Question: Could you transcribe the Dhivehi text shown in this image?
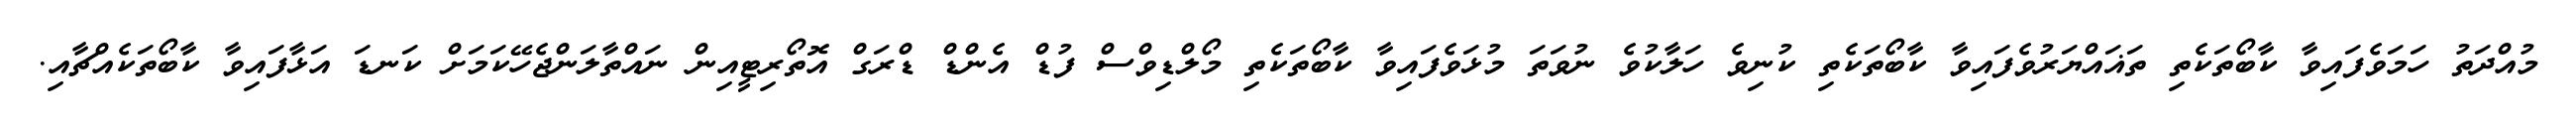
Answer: މުއްދަތު ހަމަވެފައިވާ ކާބޯތަކެތި ތަޣައްޔަރުވެފައިވާ ކާބޯތަކެތި ކުނިވެ ހަލާކުވެ ނުވަތަ މުޅަވެފައިވާ ކާބޯތަކެތި މޯލްޑިވްސް ފުޑް އެންޑް ޑްރަގް އޮތޯރިޓީއިން ނައްތާލަންޖެހޭކަމަށް ކަނޑަ އަޅާފައިވާ ކާބޯތަކެއްޗާއި.